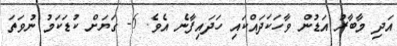
އަދި މާބާރު އަޑުން ވާހަކަދައްކައި ހަދައިފާނެ އެވެ. 6- ގަޔަށް ކުޑަކަމު ނުވަތަ